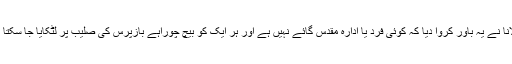
مولانا نے یہ باور کروا دیا کہ کوئی فرد یا ادارہ مقدس گائے نہیں ہے اور ہر ایک کو بیچ چوراہے بازپرس کی صلیب پر لٹکایا جا سکتا ہے۔